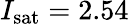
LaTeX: I_{\mathrm{sat}}=2.54